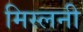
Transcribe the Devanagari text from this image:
मिस्लनी